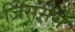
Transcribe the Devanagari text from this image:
जिसमेंसे